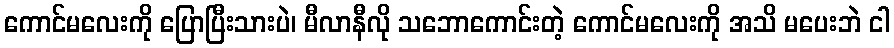
ကောင်မလေးကို ပြောပြီးသားပဲ၊ မီလာနီလို သဘောကောင်းတဲ့ ကောင်မလေးကို အသိ မပေးဘဲ ငါ